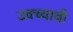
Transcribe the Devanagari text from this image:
उक्ब्याची